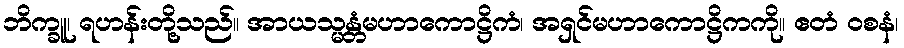
ဘိက္ခူ၊ ရဟန်းတို့သည်။ အာယသ္မန္တံမဟာကောဋ္ဌိကံ၊ အရှင်မဟာကောဋ္ဌိကကို။ ဧတံ ဝစနံ၊